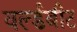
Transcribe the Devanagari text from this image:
वर्ल्डबीट